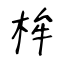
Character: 桙